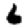
Digit: 6